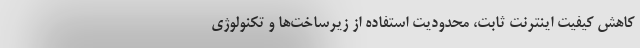
کاهش کیفیت اینترنت ثابت، محدودیت استفاده از زیرساخت‌ها و تکنولوژی